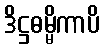
ဒိဋ္ဌဓမ္မိကာပိ